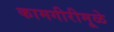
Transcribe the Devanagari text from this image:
कामगीरीमूळे